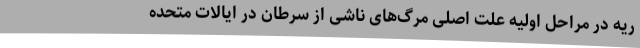
ریه در مراحل اولیه علت اصلی مرگ‌های ناشی از سرطان در ایالات متحده